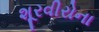
શૂરવીરોના